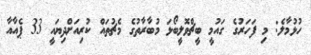
ހުޅުމާލެ: މި ފަހަރުގެ ގައުމީ ބީޗްވޮލީބޯޅަ މުބާރާތުގެ މެޗުތައް ކުރިއަށްދިޔައީ 33 ޕެއާއާ